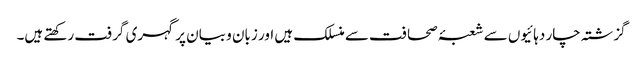
گزشتہ چار دہائیوں سے شعبۂ صحافت سے منسلک ہیں اور زبان و بیان پر گہری گرفت رکھتے ہیں۔